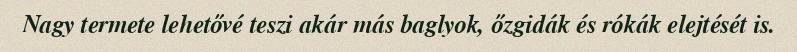
Nagy termete lehetővé teszi akár más baglyok, őzgidák és rókák elejtését is.